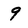
Character: 9